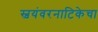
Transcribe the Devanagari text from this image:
स्वयंवरनाटिकेचा